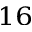
^ { 1 6 }